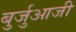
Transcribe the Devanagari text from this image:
बुर्जुआजी